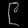
Digit: ၉